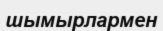
шымырлармен